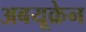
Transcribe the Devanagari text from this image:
अबयूक्रेन